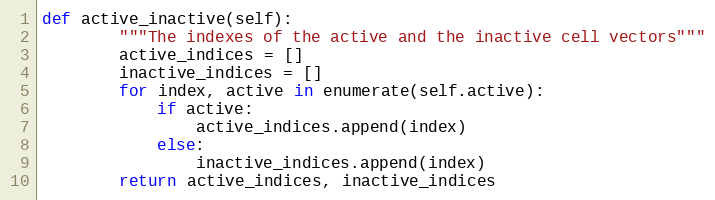
Language: Python
def active_inactive(self):
        """The indexes of the active and the inactive cell vectors"""
        active_indices = []
        inactive_indices = []
        for index, active in enumerate(self.active):
            if active:
                active_indices.append(index)
            else:
                inactive_indices.append(index)
        return active_indices, inactive_indices